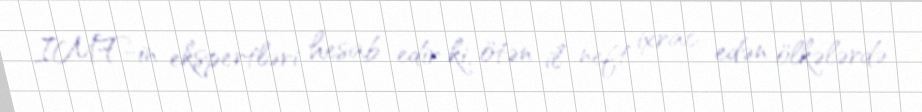
IMF-in ekspertləri hesab edir ki, ötən il neft ixrac edən ölkələrdə